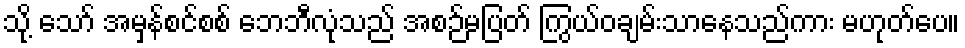
သို့ သော် အမှန်စင်စစ် ဘေဘီလုံသည် အစဉ်မပြတ် ကြွယ်ဝချမ်းသာနေသည်ကား မဟုတ်ပေ။